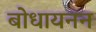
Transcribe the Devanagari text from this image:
बोधायनन